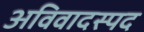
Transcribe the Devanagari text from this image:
अविवादस्पद